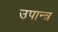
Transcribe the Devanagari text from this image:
उपान्त्र